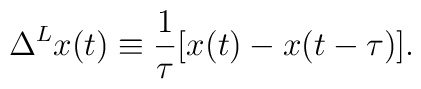
\Delta^L x(t)\equiv \frac{1}{\tau}[x(t)-x(t-\tau)].